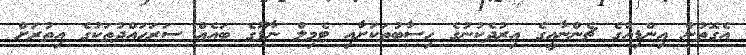
އެގޮތުން އިންޑިއާގެ ޗެންނާއީގެ އިރުދެކުނުގެ ހިސާބުތަކަށާއި ޓެމިލް ނާޑޫގެ ބައެއް ސަރަހައްދުތަކުގެ އިތުރަށް